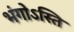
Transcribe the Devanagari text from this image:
भंगोऽस्ति